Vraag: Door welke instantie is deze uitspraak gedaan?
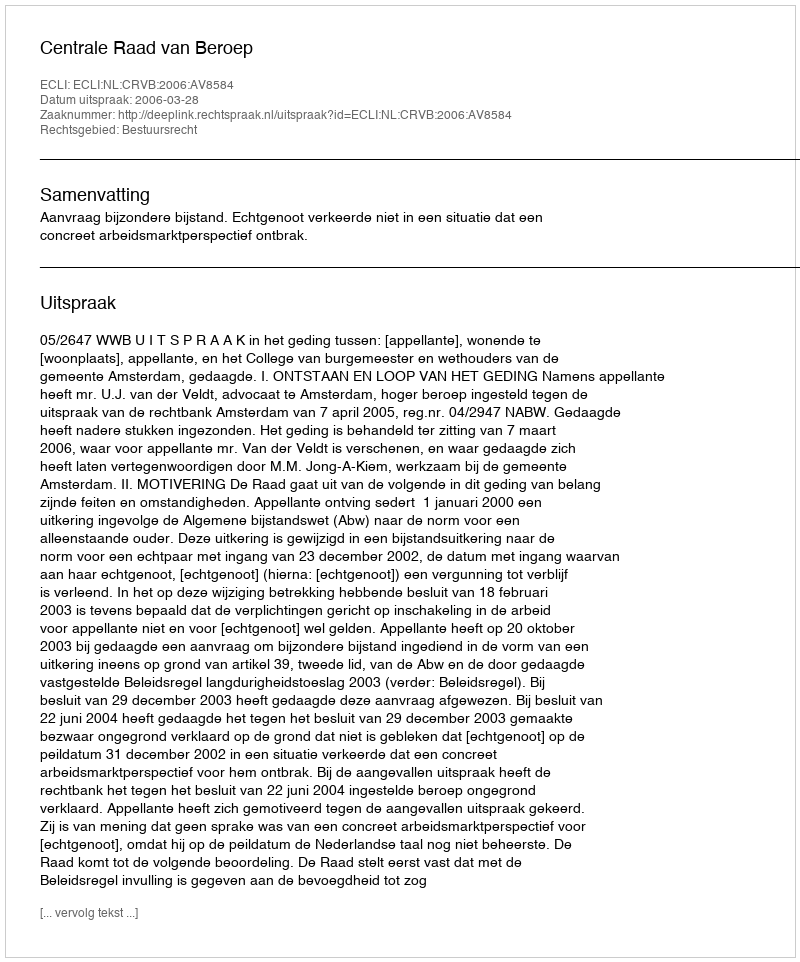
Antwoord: Centrale Raad van Beroep